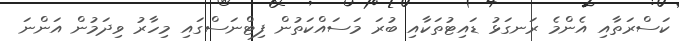
ކަސްރަތާއި އެންމެ ރަނގަޅު ޑައިޓުތަކާއި ބުރަ މަސައްކަތުން ފިޓްނަސްގައި މިހާރު ވިދަމުން އަންނަ